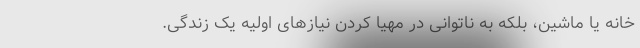
خانه یا ماشین، بلکه به ناتوانی در مهیا کردن نیازهای اولیه یک زندگی.